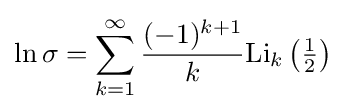
\ln \sigma =\sum _{k=1}^{\infty }{\frac {(-1)^{k+1}}{k}}{\text{Li}}_{k}\left({\tfrac {1}{2}}\right)